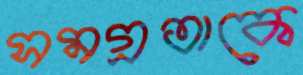
সমগ্রতাকে